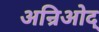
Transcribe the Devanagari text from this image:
अन्रिओद्